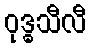
ဝုဒ္ဓသီလီ